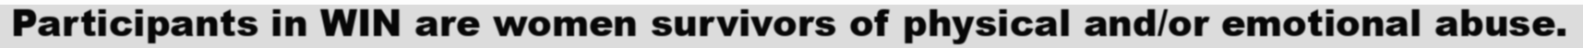
Participants in WIN are women survivors of physical and/or emotional abuse.